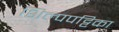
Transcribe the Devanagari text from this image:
शिल्पपट्टिका